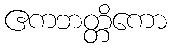
ဧကဘတ္တိကော